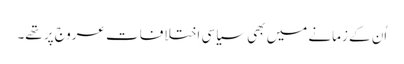
‏ اُن کے زمانے میں بھی سیاسی اِختلافات عروج پر تھے۔